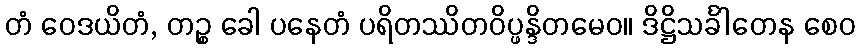
တံ ဝေဒယိတံ, တဉ္စ ခေါ ပနေတံ ပရိတဿိတဝိပ္ဖန္ဒိတမေဝ။ ဒိဋ္ဌိသင်္ခါတေန စေဝ